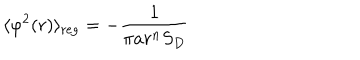
LaTeX: \langle \varphi ^ { 2 } ( r ) \rangle _ { \mathrm { r e g } } = - \frac { 1 } { \pi a r ^ { n } S _ { D } }